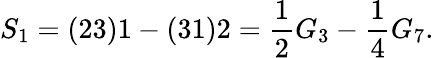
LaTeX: S_{1}=(23)1-(31)2={\frac{1}{2}}G_{3}-{\frac{1}{4}}G_{7}.